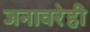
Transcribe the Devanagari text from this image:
जनावरेही